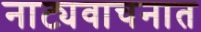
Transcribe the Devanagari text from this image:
नाट्यवाचनात